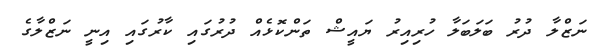
ނަޒްލާ ދުރު ބަލަބަލާ ހުރިއިރު ޔައީޝް ތަންކޮޅެއް ދުރުގައި ކާރުގައި އިނީ ނަޒްލާގެ